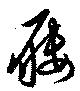
屨